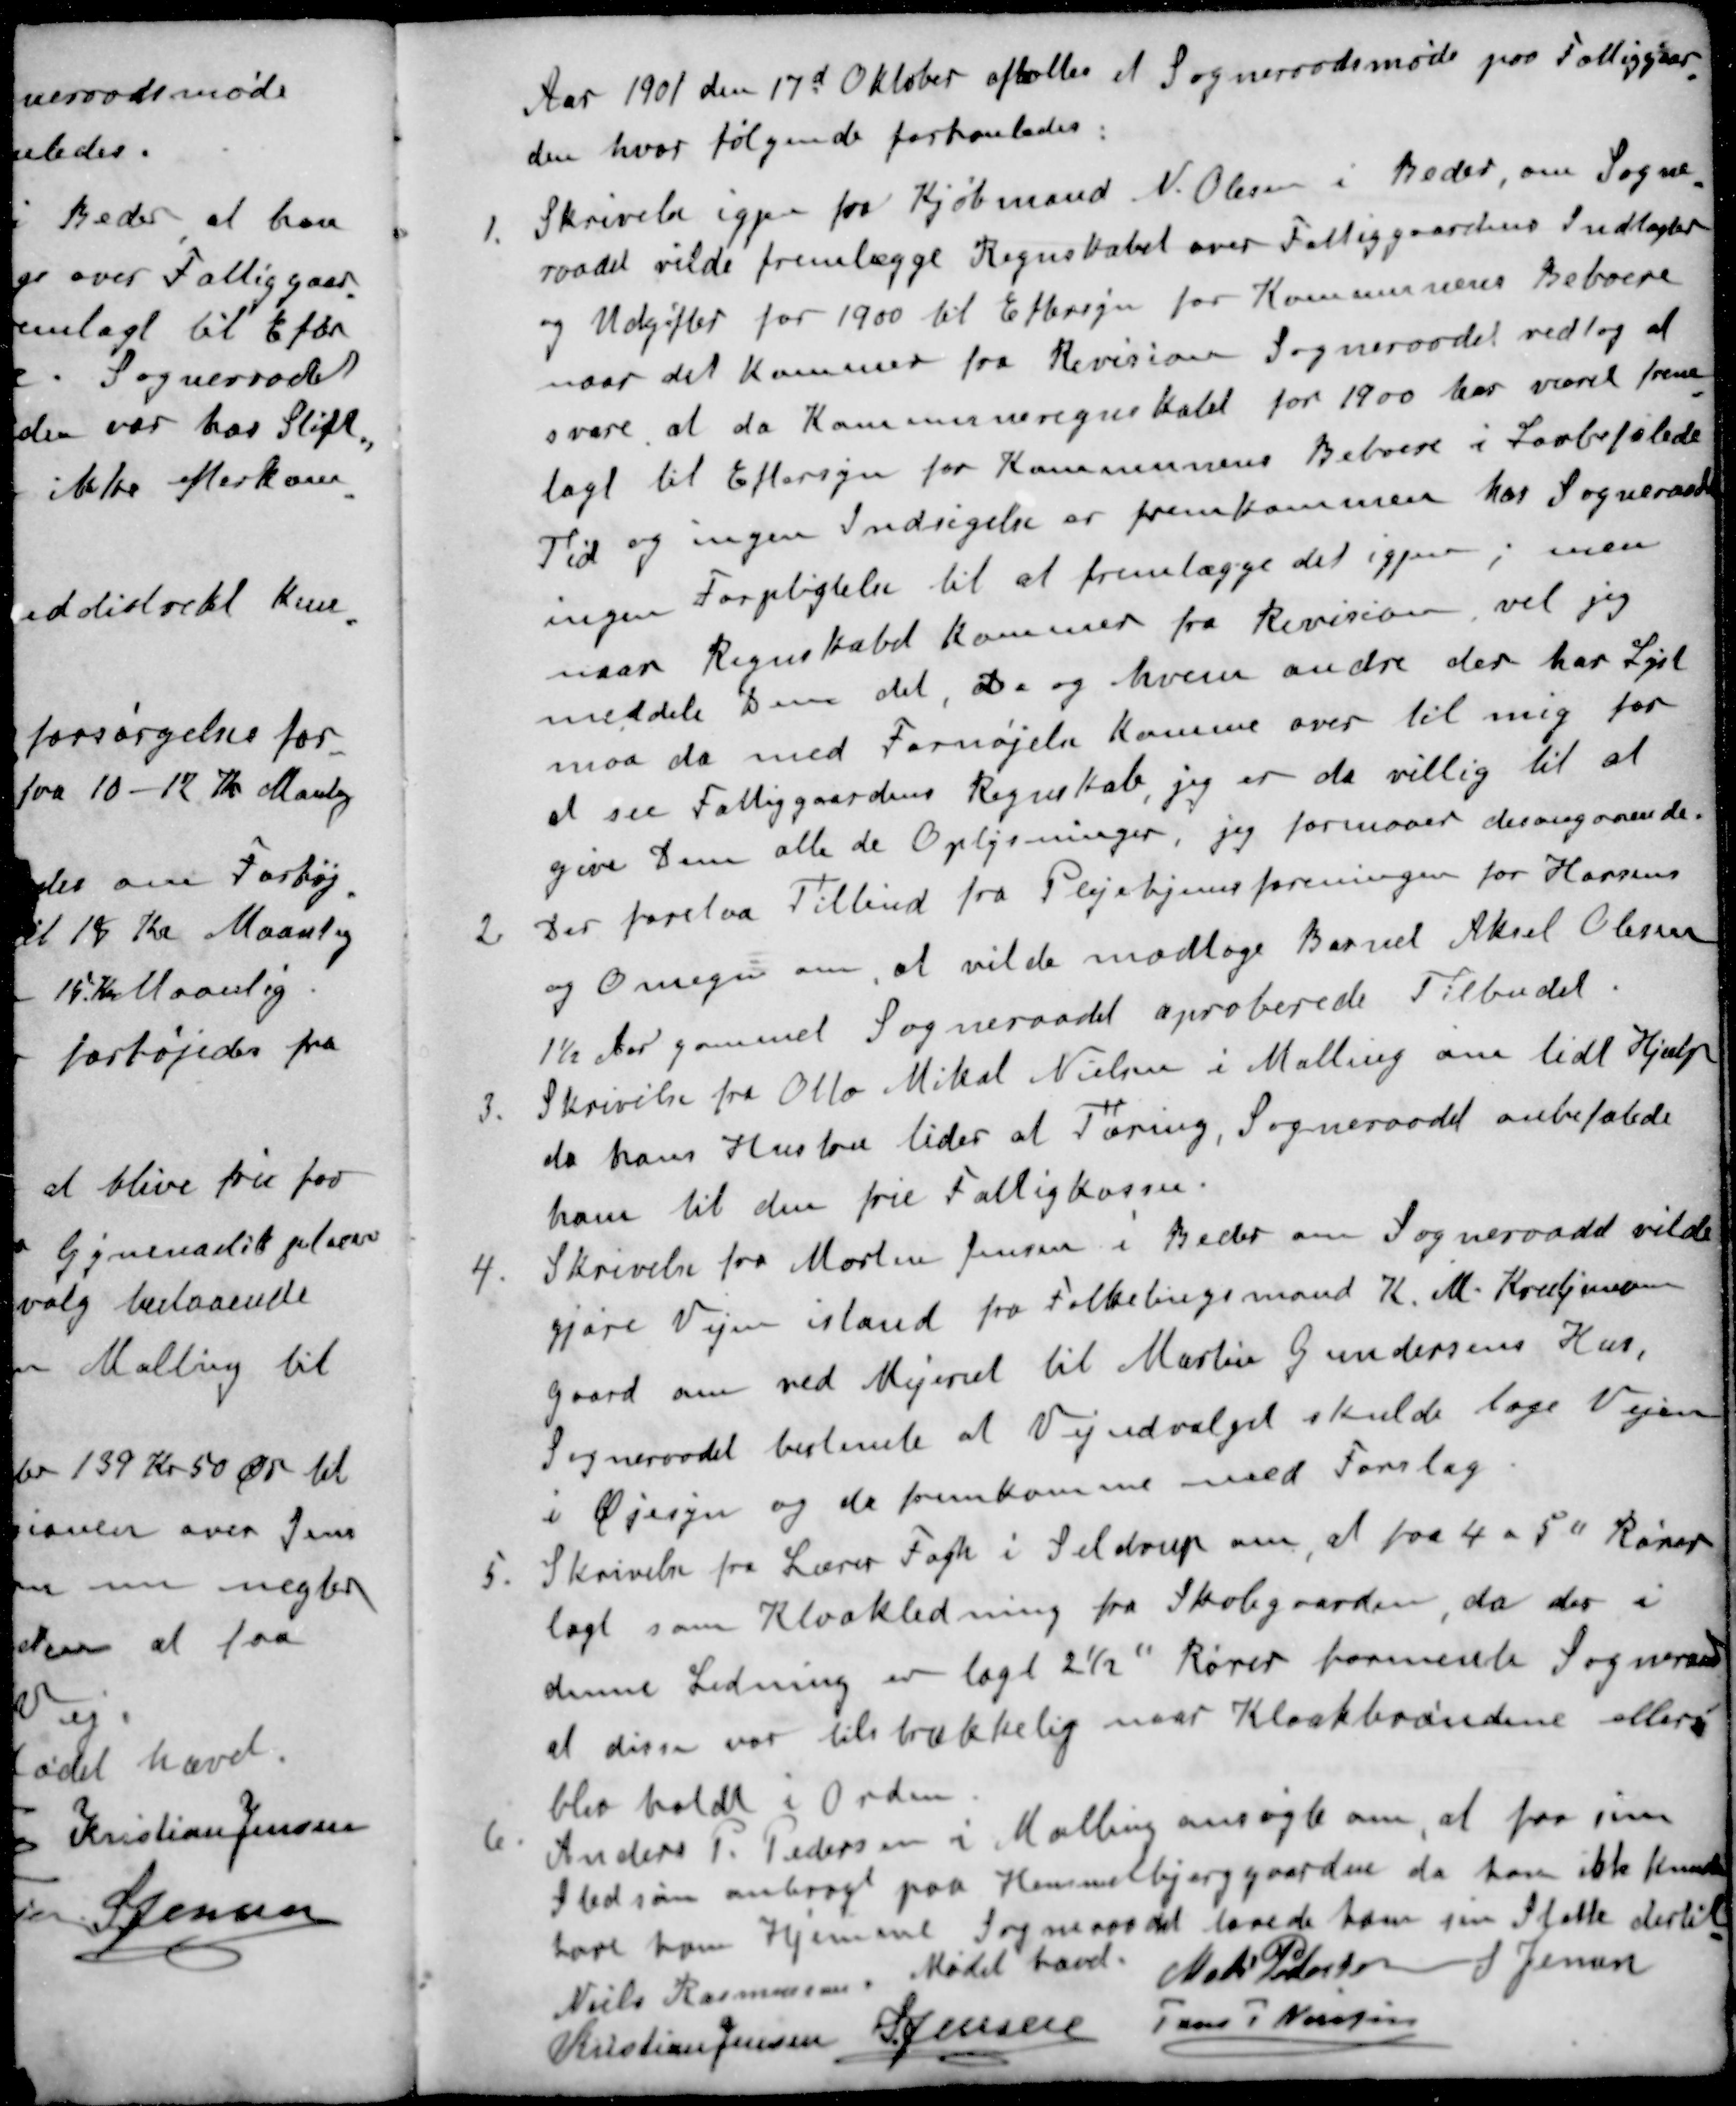
Transskription:
Aar 1901 den 17d Oktober afholtes et Sogneraadsmøde paa Fattiggaar
den hvor følgende forhanledes:
1. Skrivelse igjen fra Kjøbmand N. Olesen i Beder, om Sogne
raadet vilde fremlægge Regnskabet over Fattiggaardens Indtægter
og Udgifter for 1900 til Eftersyn for Kommunens Beboere
naar det kommer fra Revision Sogneraadet vedtog at
svare, at da Kommuneregnskabet for 1900 har været frem
lagt til Eftersyn for Kommunens Beboere i Lovbefalede
Tid og ingen Indsigelse er fremkommen har Sogneraadet
ingen Forpligtelse til at fremlægge det igjen, men
naar Regnskabet kommer fra Revision, vil jeg
meddele Dem det. De og hvem andre der har Lyst
maa da med Forhøjelse komme over til mig for
at see Fattiggaardens Regnskab, jeg er da villig til at
give Dem alle de Oplysninger, jeg formaaer desangaaende
2 Der forelaa Tilbud fra Plejehjemsforeningen for Horsens
og Omegn om, at vilde modtage Barnet Aksel Olesen
1½ Aar gammel Sogneraadet aproberede Tilbudet.
3. Skrivelse fra Otto Mikal Nielsen i Malling om lidt Hjælp
da hans Hustru lider af Tæring, Sogneraadet anbefalede
ham til den frie Fattigkasse.
4. Skrivelse fra Morten Jensen i Beder om Sogneraadet vilde
gjøre Vejen istand fra Folketingsmand K. M. Kristjansen
gaard om ved Mejeriet til Martin Gundersens Hus,
Sogneraadet bestemte at Vejudvalget skulde tage Vejen
i Øjesyn og de fremkomme med Forslag
5. Skrivelse fra Lærer Fogh i Seldrup om, at faa 4 a 5 " Rører
lagt som Kloakledning fra Skolegaarden da der i
denne Ledning er lagt 2½ " Rører formente Sogneraad
at disse var tilstrækkelig naar Kloakbrøndene ellers
blev holdt i Orden.
6. Anders P. Pedersen i Malling ansøgte om, at faa sin
Stedsøn anbragt paa Himmelbjerggaarden da han ikke kunde
have ham Hjemme Sogneraadet lovede ham sin Støtte dertil
Mødet hævet
Niels Rasmussen
Mads Pedersen
S Jensen
Kristian Jensen
S Jensen 
Jens P Nielsen